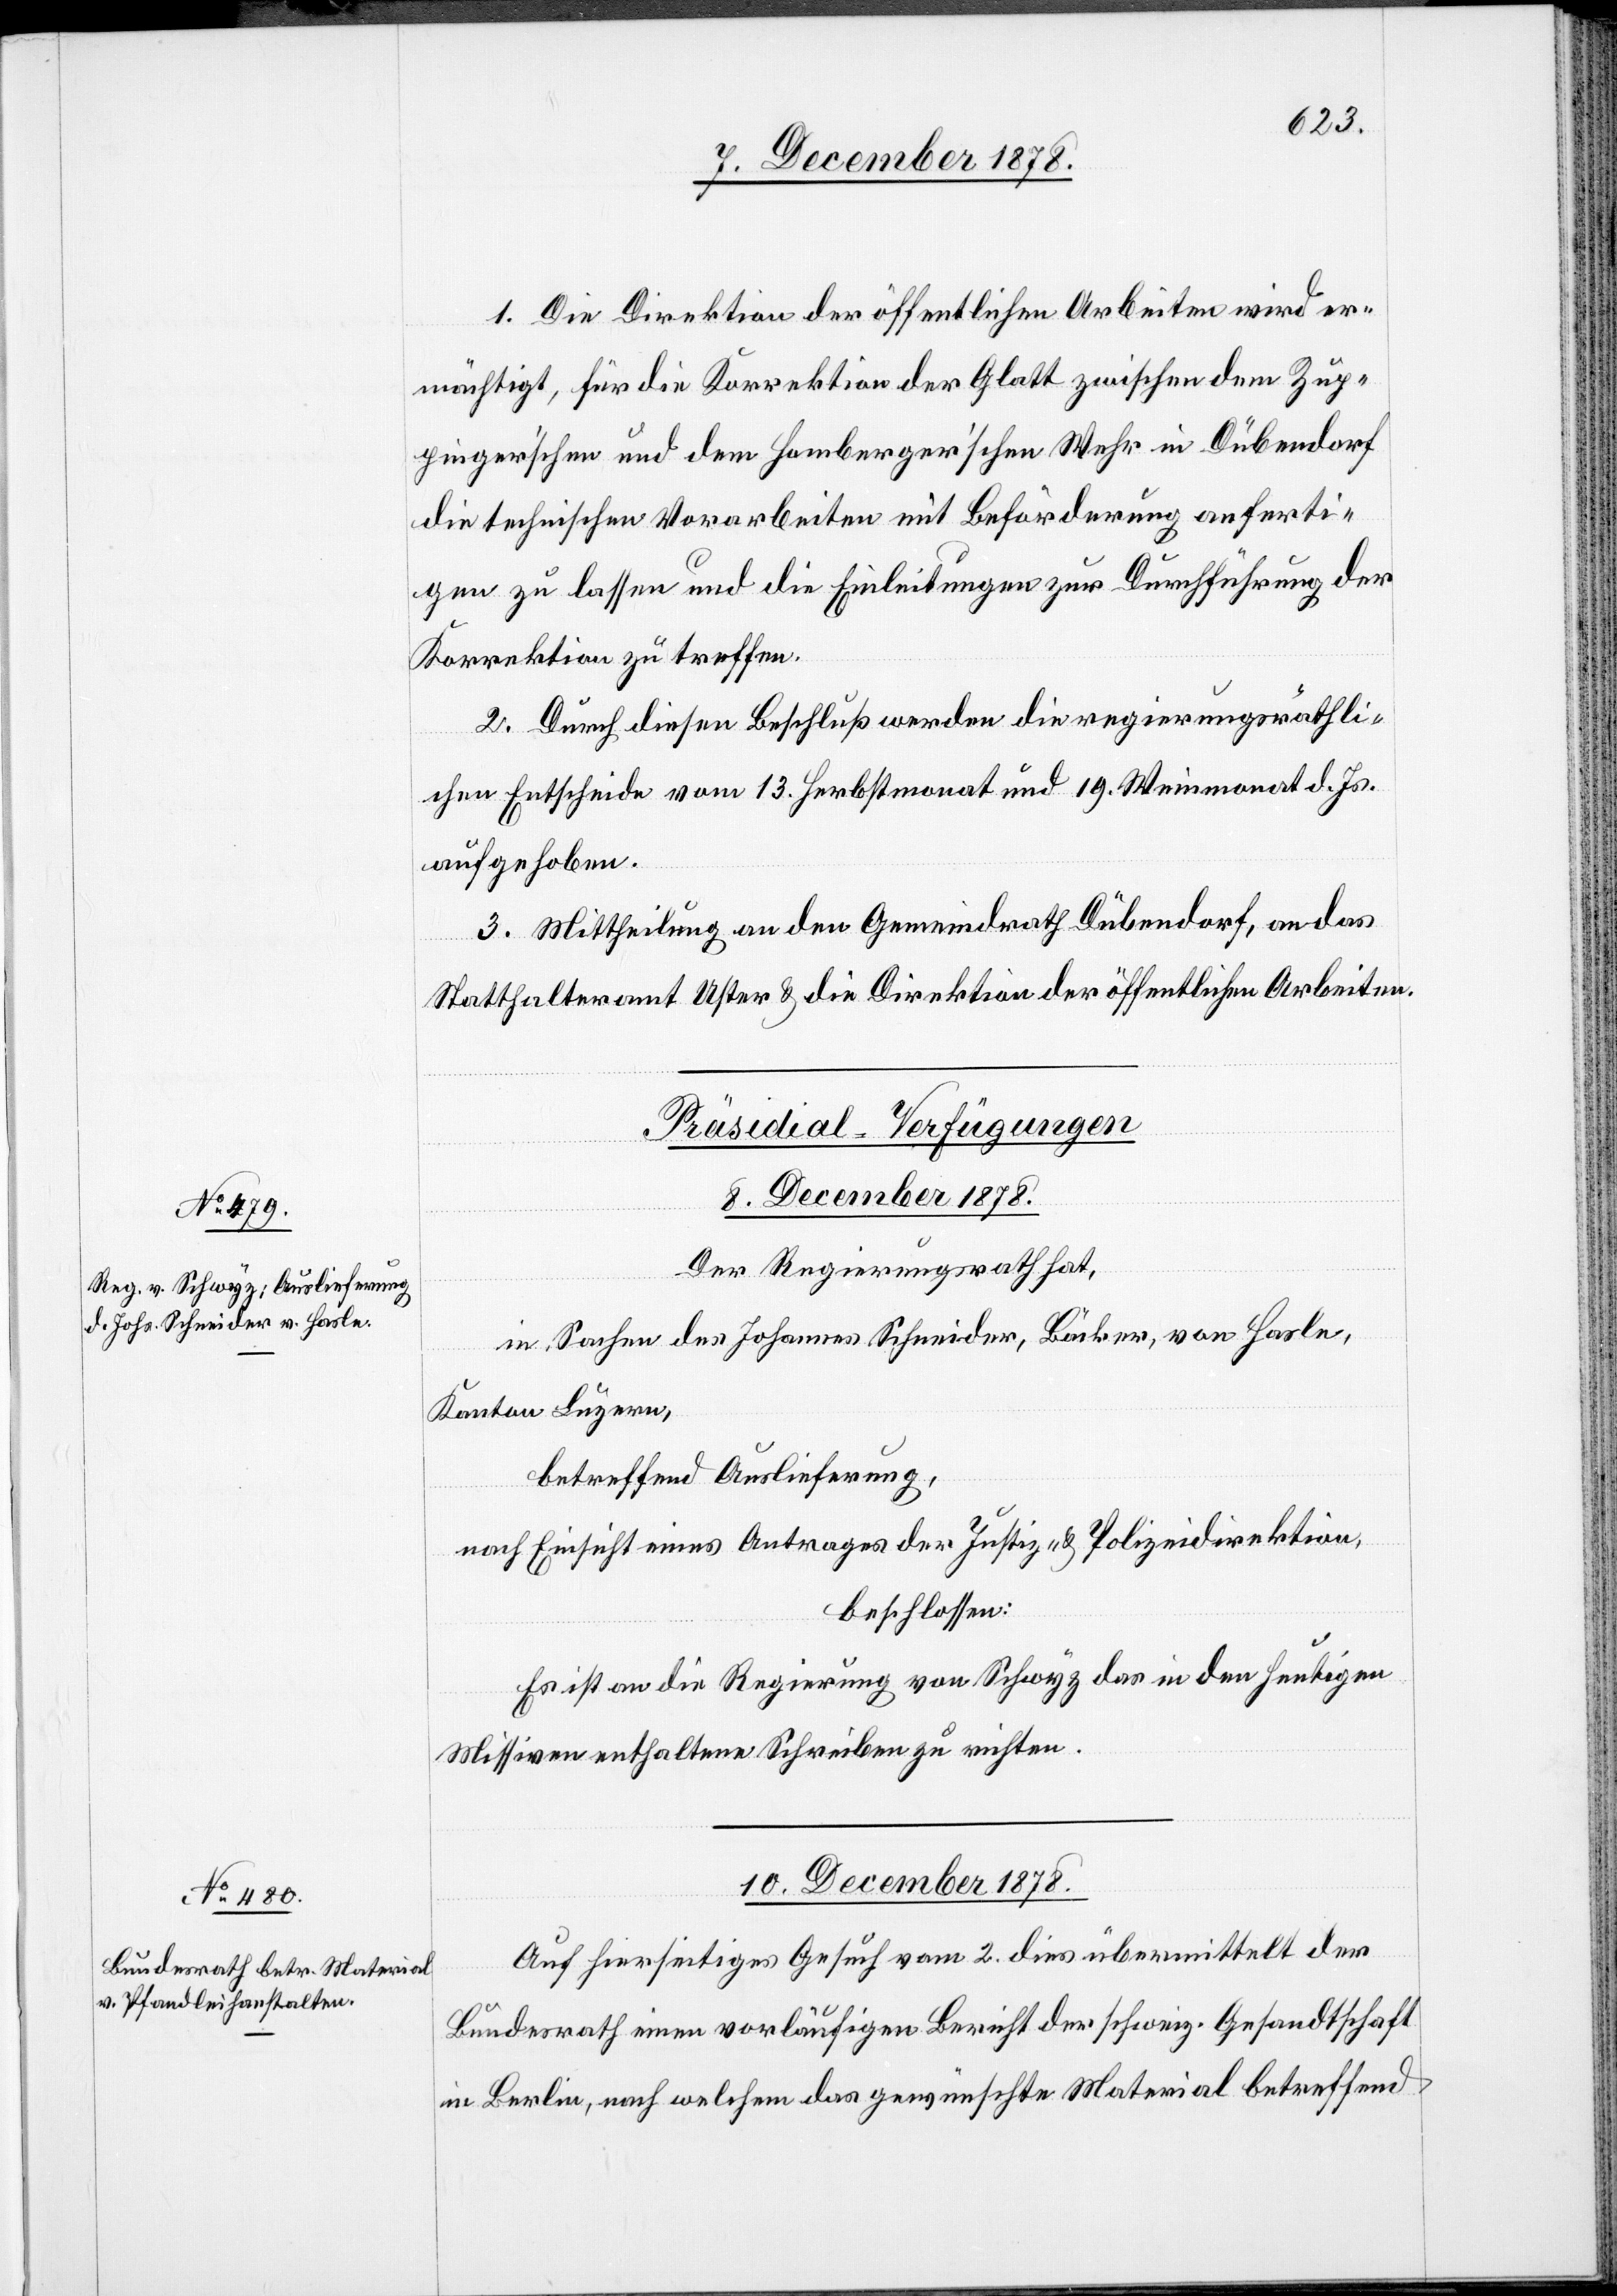
1. Die Direktion der öffentlichen Arbeiten wird er¬
mächtigt, für die Korrektion der Glatt zwischen dem Zup¬
pinger’schen und dem Homberg’schen Wehr in Dübendorf
die technischen Vorarbeiten mit Beförderung anferti¬
gen zu lassen und die Einleitungen zur Durchführung der
Korrektionen zu treffen.
2. Durch diesen Beschluß werden die regierungsräthli¬
chen Entscheide vom 13. Herbstmonat und 19. Weinmonat d. Js.
aufgehoben.
3. Mittheilung an den Gemeindrath Dübendorf, an das
Statthalteramt Uster & die Direktion der öffentlichen Arbeiten.
[Präsidial-Verfügungen]
8. December 1878.
Der Regierungsrath hat,
In Sachen des Johannes Schneider, Bäcker, von Hasle,
Kanton Luzern,
betreffend Auslieferung,
nach Einsicht eines Antrages der Justiz- & Polizeidirektion,
beschlossen:
Es ist an die Regierung von Schwyz was in den heutigen
Missiven enthaltene Schreiben zu richten.
10. December 1878.
Auf hierseitiges Gesuch vom 2. dies übermittelt der
Bundesrath einen vorläufigen Bericht der schweiz. Gesandtschaft
in Berlin, nach welchem das gewünschte Material betreffend